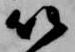
以